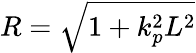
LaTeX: R=\sqrt{1+k_{p}^{2}L^{2}}